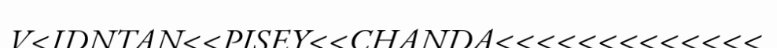
V<IDNTAN<<PISEY<<CHANDA<<<<<<<<<<<<<